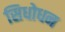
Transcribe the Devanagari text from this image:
सिधोधन